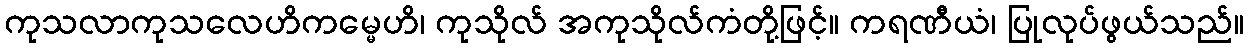
ကုသလာကုသလေဟိကမ္မေဟိ၊ ကုသိုလ် အကုသိုလ်ကံတို့ဖြင့်။ ကရဏီယံ၊ ပြုလုပ်ဖွယ်သည်။